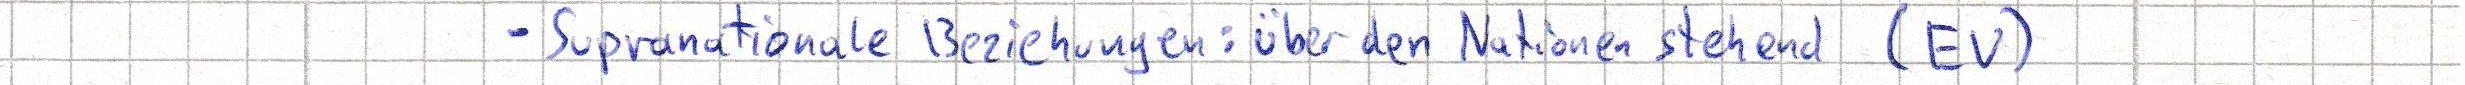
- Supranationale Beziehungen: über den Nationen stehend (EV)